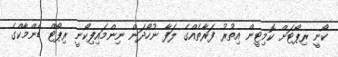
ކޯނީ ރިޕޯޓަށް ކޮމިޓީން އިތުރު ފަރާތެއްގެ ލަފާ ނުހޯދަން ނިންމައިފިކޯނީ ރިޕޯޓް ޑެންމާކްގެ